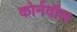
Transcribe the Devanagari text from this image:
कोर्नवॉल